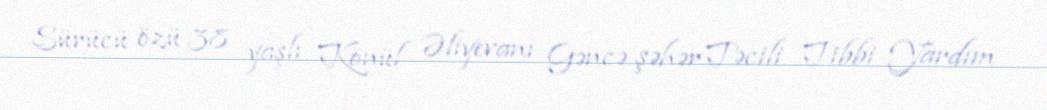
Sürücü özü 38 yaşlı Könül Əliyevanı Gəncə şəhər Təcili Tibbi Yardım